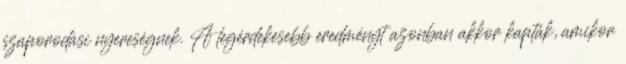
szaporodási nyereségnek. A legérdekesebb eredményt azonban akkor kapták, amikor